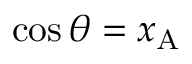
\cos \theta = x _ { \mathrm { A } } \quad